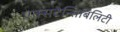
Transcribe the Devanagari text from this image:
एक्सटेन्सिबिलिटी